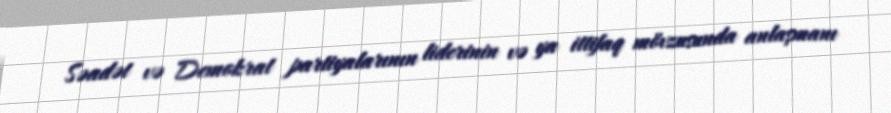
Səadət və Demokrat partiyalarının liderinin və ya ittifaq mövzusunda anlaşmanı